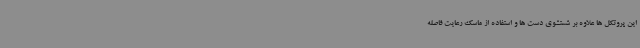
این پروتکل ها علاوه بر شستشوی دست ها و استفاده از ماسک رعایت فاصله